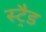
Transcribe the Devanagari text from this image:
स्ट्रैड